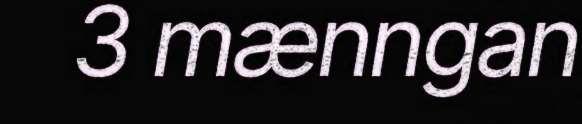
3 mænngan